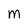
Character: M